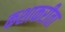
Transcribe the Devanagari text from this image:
कशाकरीता